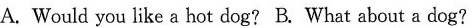
A. Would you like a hot dog? B. What about a dog?